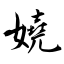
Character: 嬈